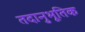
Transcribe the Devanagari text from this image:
तदानुभूतिक